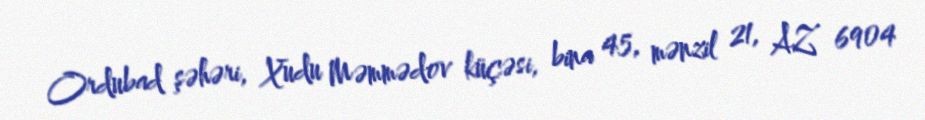
Ordubad şəhəri, Xudu Məmmədov küçəsi, bina 45, mənzil 21, AZ 6904